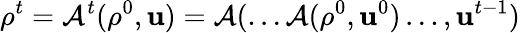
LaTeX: \rho^{t}=\mathcal{A}^{t}(\rho^{0},\mathrm{\mathbf{u}})=\mathcal{A}(\dots\mathcal{A}(\rho^{0},\mathrm{\mathbf{u}}^{0})\dots,\mathrm{\mathbf{u}}^{t-1})